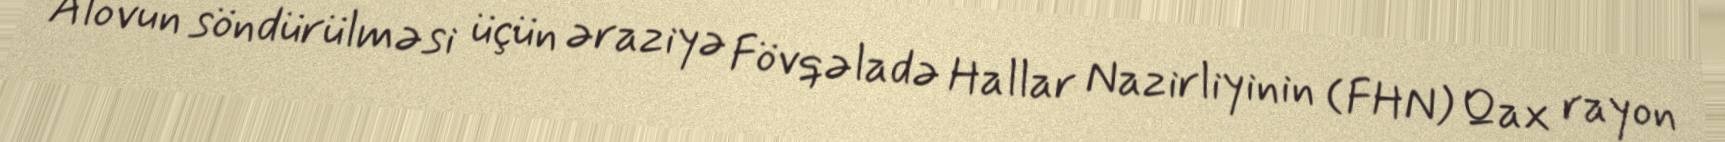
Alovun söndürülməsi üçün əraziyə Fövqəladə Hallar Nazirliyinin (FHN) Qax rayon